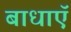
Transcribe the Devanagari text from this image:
बाधाऍ